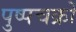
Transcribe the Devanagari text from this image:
पुष्पचक्रों